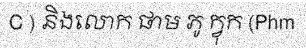
C ) និងលោក ផាម ភូ ក្វុក (Phm